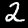
Label: 2